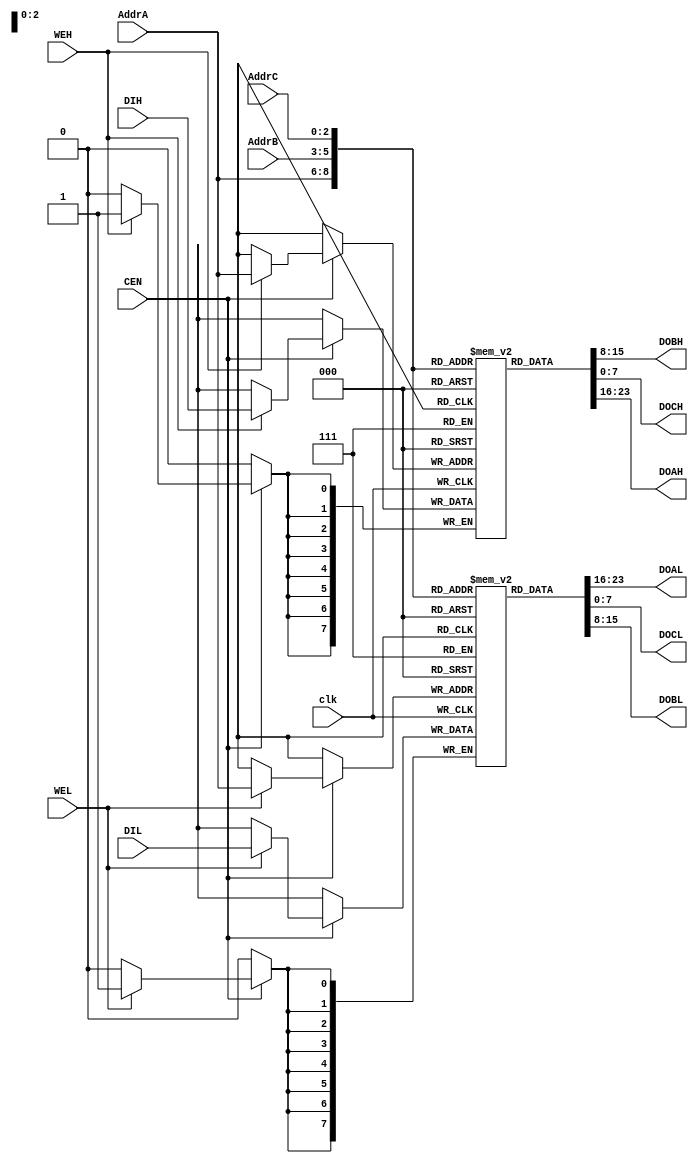
//
// TV80 8-Bit Microprocessor Core
// Based on the VHDL T80 core by Daniel Wallner (jesus@opencores.org)
//
// Copyright (c) 2004 Guy Hutchison (ghutchis@opencores.org)
//
// Permission is hereby granted, free of charge, to any person obtaining a 
// copy of this software and associated documentation files (the "Software"), 
// to deal in the Software without restriction, including without limitation 
// the rights to use, copy, modify, merge, publish, distribute, sublicense, 
// and/or sell copies of the Software, and to permit persons to whom the 
// Software is furnished to do so, subject to the following conditions:
//
// The above copyright notice and this permission notice shall be included 
// in all copies or substantial portions of the Software.
//
// THE SOFTWARE IS PROVIDED "AS IS", WITHOUT WARRANTY OF ANY KIND, 
// EXPRESS OR IMPLIED, INCLUDING BUT NOT LIMITED TO THE WARRANTIES OF 
// MERCHANTABILITY, FITNESS FOR A PARTICULAR PURPOSE AND NONINFRINGEMENT. 
// IN NO EVENT SHALL THE AUTHORS OR COPYRIGHT HOLDERS BE LIABLE FOR ANY 
// CLAIM, DAMAGES OR OTHER LIABILITY, WHETHER IN AN ACTION OF CONTRACT, 
// TORT OR OTHERWISE, ARISING FROM, OUT OF OR IN CONNECTION WITH THE 
// SOFTWARE OR THE USE OR OTHER DEALINGS IN THE SOFTWARE.

module tv80_reg (/*AUTOARG*/
  // Outputs
  DOBH, DOAL, DOCL, DOBL, DOCH, DOAH, 
  // Inputs
  AddrC, AddrA, AddrB, DIH, DIL, clk, CEN, WEH, WEL
  );
    input  [2:0] AddrC;
    output [7:0] DOBH;
    input  [2:0] AddrA;
    input  [2:0] AddrB;
    input  [7:0] DIH;
    output [7:0] DOAL;
    output [7:0] DOCL;
    input  [7:0] DIL;
    output [7:0] DOBL;
    output [7:0] DOCH;
    output [7:0] DOAH;
    input  clk, CEN, WEH, WEL;

  reg [7:0] RegsH [0:7];
  reg [7:0] RegsL [0:7];

  always @(posedge clk)
    begin
      if (CEN)
        begin
          if (WEH) RegsH[AddrA] <= DIH;
          if (WEL) RegsL[AddrA] <= DIL;
        end
    end
          
  assign DOAH = RegsH[AddrA];
  assign DOAL = RegsL[AddrA];
  assign DOBH = RegsH[AddrB];
  assign DOBL = RegsL[AddrB];
  assign DOCH = RegsH[AddrC];
  assign DOCL = RegsL[AddrC];

  // break out ram bits for waveform debug
  wire [7:0] H = RegsH[2];
  wire [7:0] L = RegsL[2];
  
// synopsys dc_script_begin
// set_attribute current_design "revision" "$Id: tv80_reg.v,v 1.1 2004/05/16 17:39:57 ghutchis Exp $" -type string -quiet
// synopsys dc_script_end
endmodule